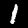
Label: 1